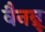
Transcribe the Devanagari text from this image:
वैनब्रू